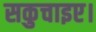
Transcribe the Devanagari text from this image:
सकुचाइए।